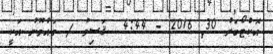
އޮކްޓޯބަރު 30